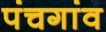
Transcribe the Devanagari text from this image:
पंचगांव